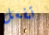
تفعل